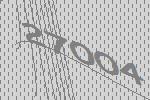
27004